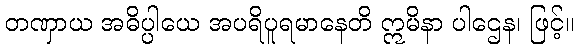
တဏှာယ အဓိပ္ပါယေ အပရိပူရမာနေတိ ဣမိနာ ပါဌေန၊ ဖြင့်။